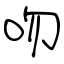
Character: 吻